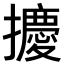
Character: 𪮿